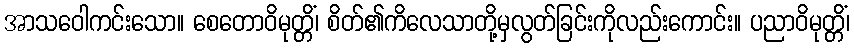
အာသဝေါကင်းသော။ စေတောဝိမုတ္တိံ၊ စိတ်၏ကိလေသာတို့မှလွတ်ခြင်းကိုလည်းကောင်း။ ပညာဝိမုတ္တိံ၊